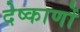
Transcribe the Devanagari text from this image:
देष्काणों